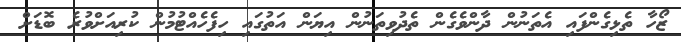
ޒޯހާ ތެޅިގެންފައި އެތަނުން ދާންވެގެން ތެދުވިތަނުން އިޔަން އަތުގައި ހިފެހެއްޓުމުން ކުރިއަށްވުރެ ބޮޑަށް